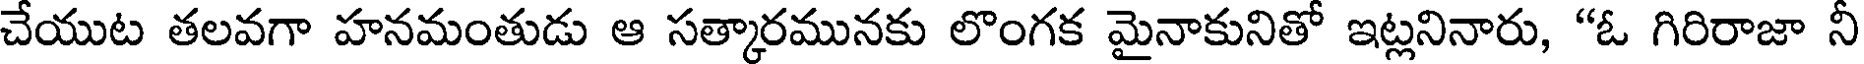
చేయుట తలవగా హనమంతుడు ఆ సత్కారమునకు లొంగక మైనాకునితో ఇట్లనినారు, "ఓ గిరిరాజా నీ